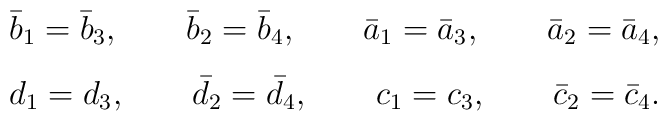
\begin{array}{l}\bar{b}_{1} = \bar{b}_{3}, \qquad \bar{b}_{2}=\bar{b}_{4}, \qquad\bar{a}_{1}=\bar{a}_{3},\qquad \bar{a}_{2}=\bar{a}_{4},\\\vspace{-2mm}\\d_{1}=d_{3}, \qquad \bar{d}_{2}=\bar{d}_{4}, \qquad c_{1}=c_{3},\qquad \bar{c}_{2}=\bar{c}_{4}.\end{array}